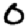
Digit: 0